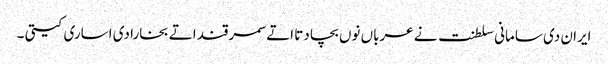
ایران دی سامانی سلطنت نے عرباں نوں بچا دتا اتے سمرقند اتے بخارا دی اساری کیتی ۔